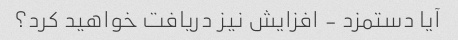
آیا دستمزد - افزایش نیز دریافت خواهید کرد؟